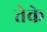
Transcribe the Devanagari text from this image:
तेके